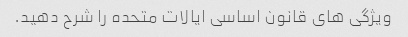
ویژگی های قانون اساسی ایالات متحده را شرح دهید.